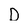
Character: D